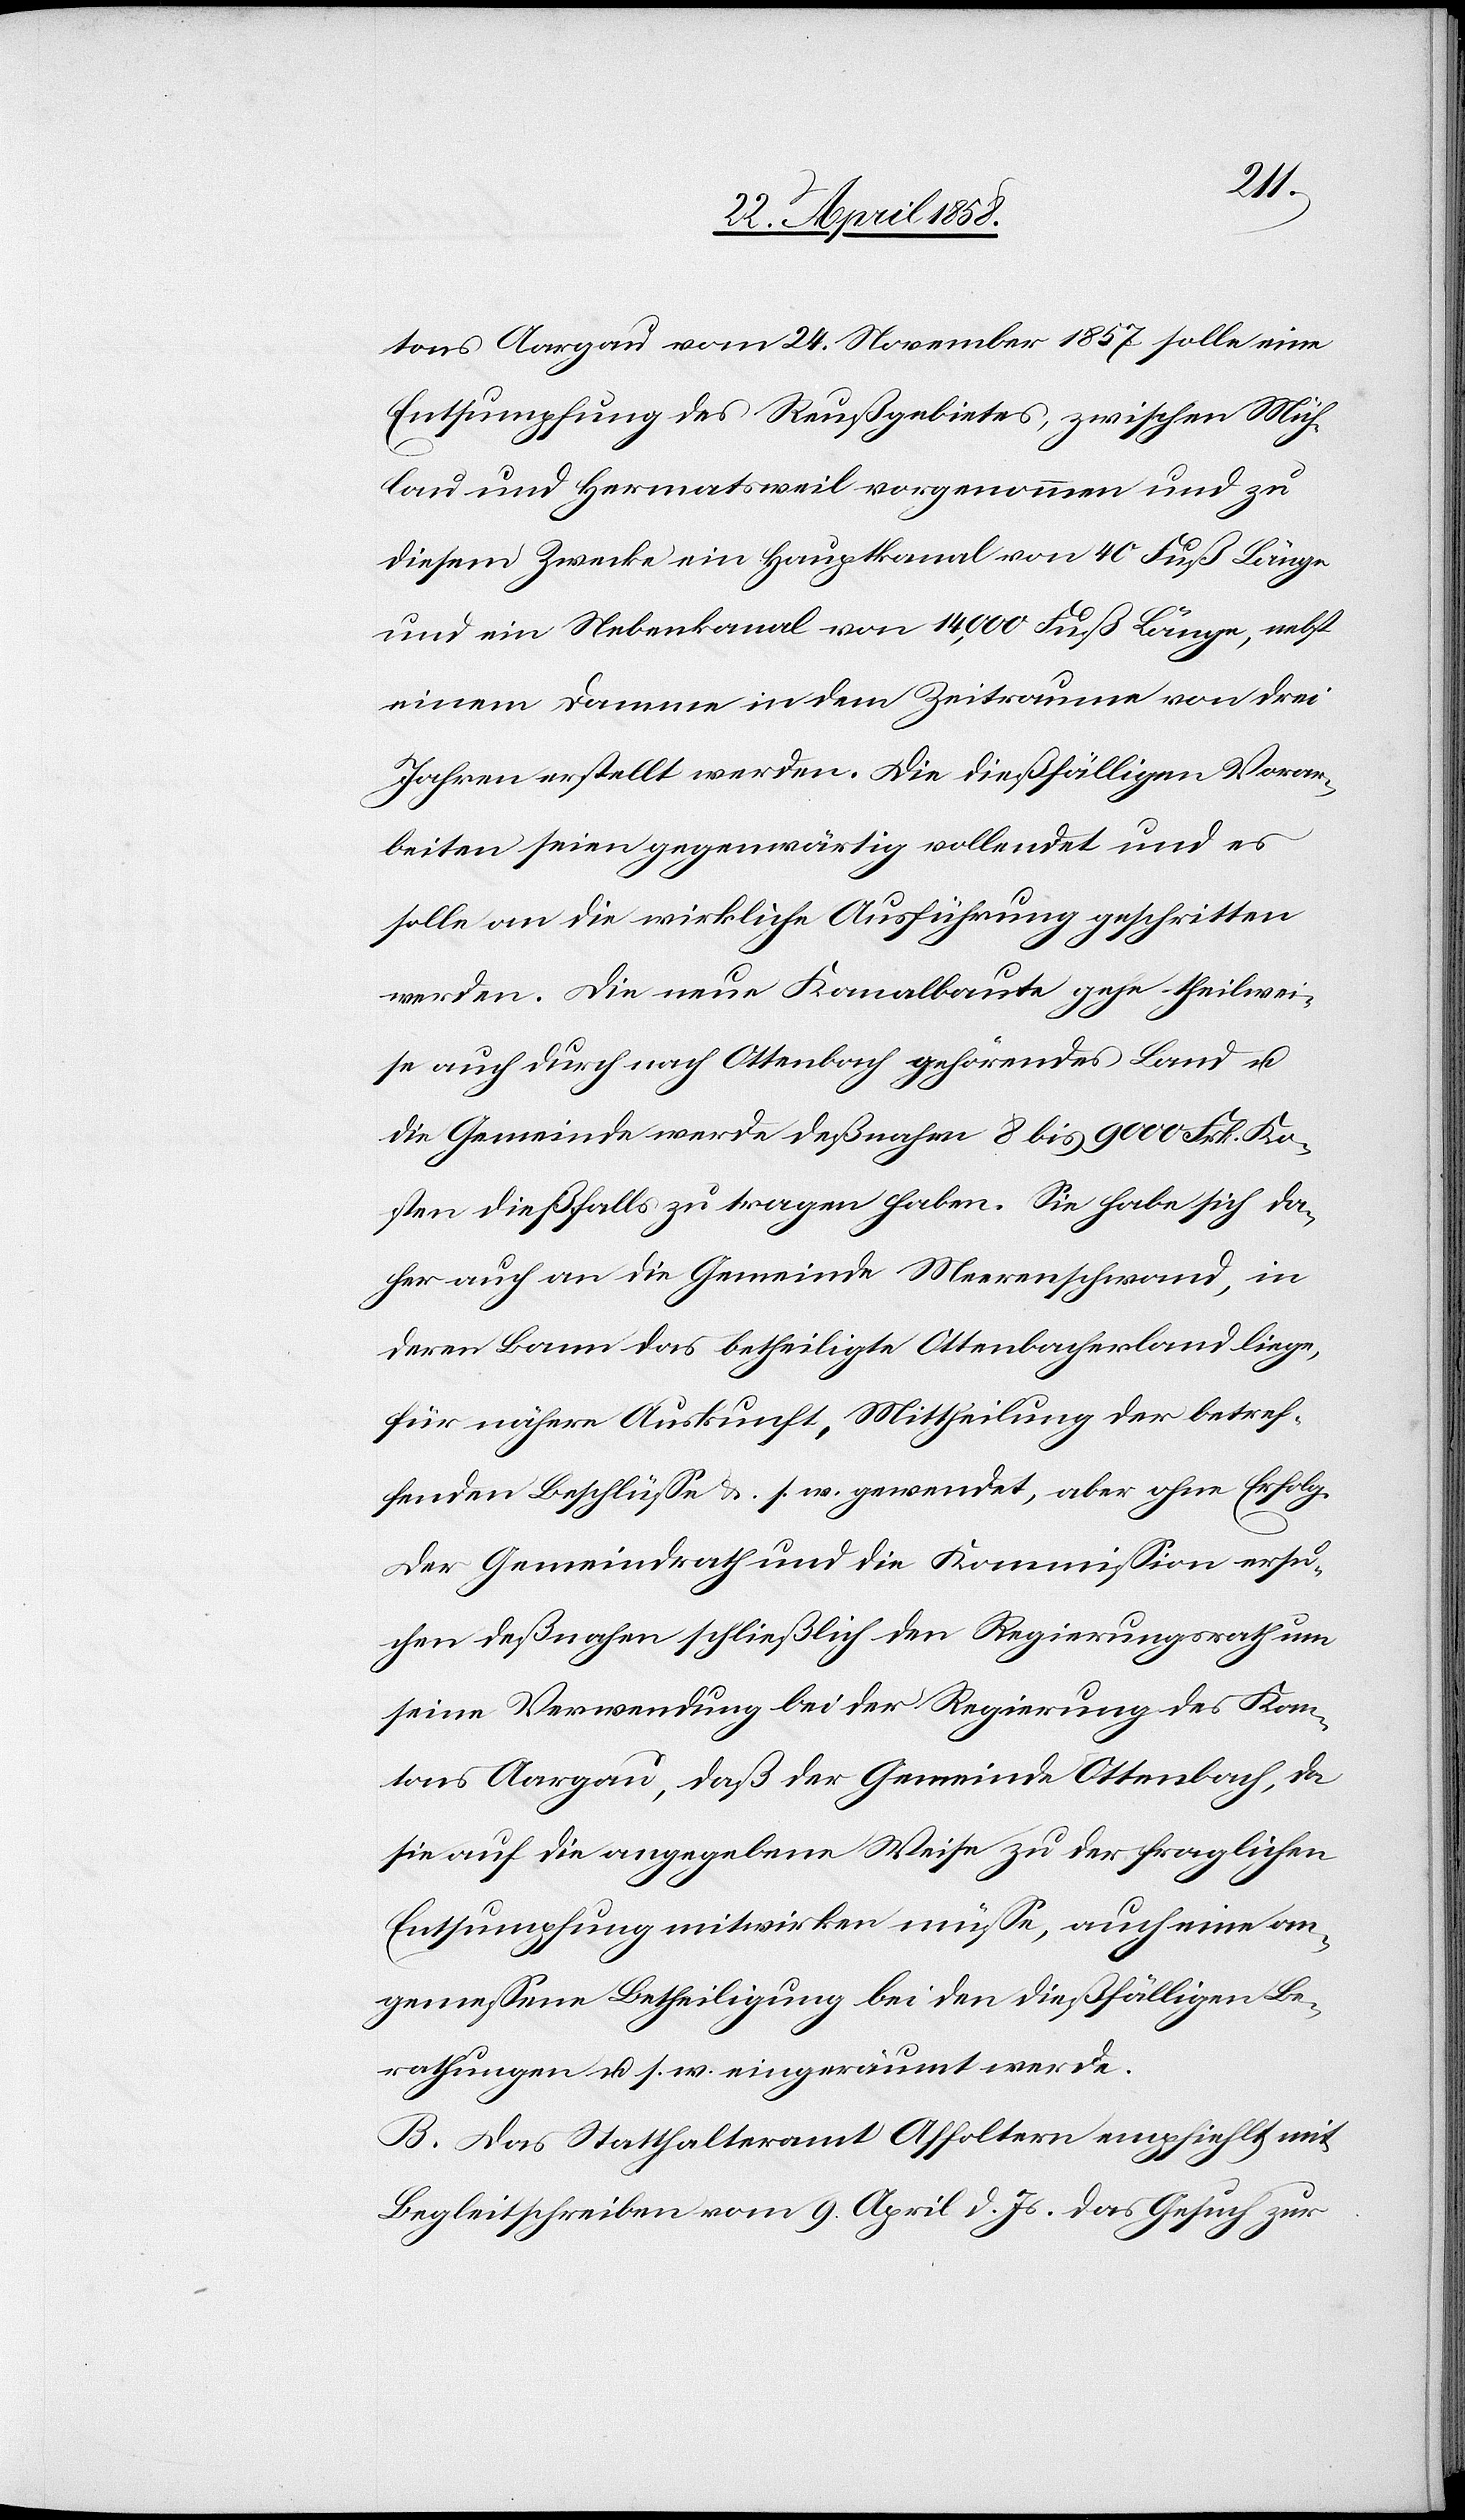
tons Aargau vom 24. November 1857 solle eine
Entsumpfung des Reußgebietes, zwischen Müh¬
lau und Hermatsweil vorgenommen und zu
diesem Zwecke ein Hauptkanal von 40 Fuß Länge
und ein Nebenkanal von 14,000 Fuß Länge, nebst
einem Damme in dem Zeitraume von drei
Jahren erstellt werden. Die dießfälligen Vorar¬
beiten seien gegenwärtig vollendet und es
solle an die wirkliche Ausführung geschritten
werden. Die neue Kanalbaute gehe theilwei¬
se auch durch nach Ottenbach gehörendes Land u.
die Gemeinde werde deßnahen 8 bis 9000 Frk. Ko¬
sten dießfalls zu tragen haben. Sie habe sich da¬
her auch an die Gemeinde Meerenschwand, in
deren Bann das betheiligte Ottenbacherland liege,
für nähere Auskunft, Mittheilung der betref¬
fenden Beschlüsse u. s. w. gewendet, aber ohne Erfolg.
Der Gemeindrath und die Kommission ersu¬
chen deßnahen schließlich den Regierungsrath um
seine Verwendung bei der Regierung des Kan¬
tons Aargau, daß der Gemeinde Ottenbach, da
sie auf die angegebene Weise zu der fraglichen
Entsumpfung mitwirken müsse, auch eine an¬
gemessene Betheiligung bei den dießfälligen Be¬
rathungen u. s. w. eingeräumt werde.
B. Das Statthalteramt Affoltern empfiehlt mit
Begleitschreiben vom 9. April d. Js. das Gesuch zur